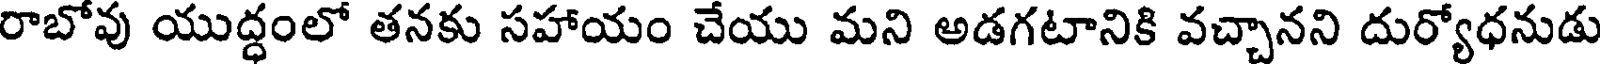
రాబోవు యుద్ధంలో తనకు సహాయం చేయు మని అడగటానికి వచ్చానని దుర్యోధనుడు